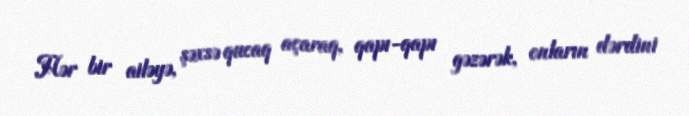
Hər bir ailəyə, şəxsə qucaq açaraq, qapı-qapı gəzərək, onların dərdini